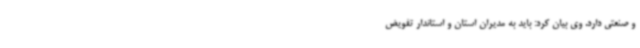
و صنعتی دارد. وی بیان کرد: باید به مدیران استان و استاندار تفویض